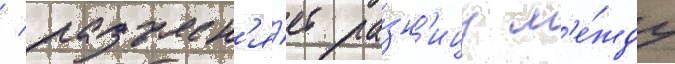
/ разъясн'я́ет ра́зн'ицу м'е́жду